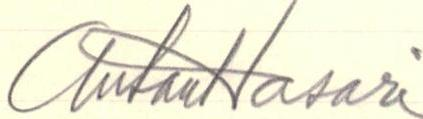
AntonHasari